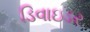
ડિવાઇડર